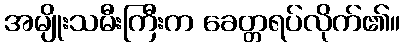
အမျိုးသမီးကြီးက ခေတ္တရပ်လိုက်၏။